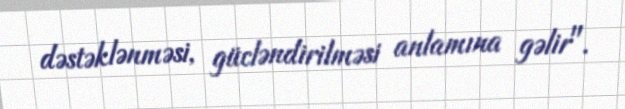
dəstəklənməsi, gücləndirilməsi anlamına gəlir".